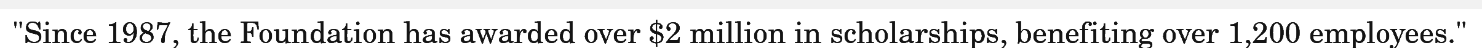
"Since 1987, the Foundation has awarded over $2 million in scholarships, benefiting over 1,200 employees."